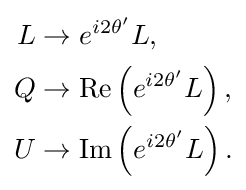
{\begin{aligned}L&\rightarrow e^{i2\theta '}L,\\Q&\rightarrow {\mbox{Re}}\left(e^{i2\theta '}L\right),\\U&\rightarrow {\mbox{Im}}\left(e^{i2\theta '}L\right).\\\end{aligned}}